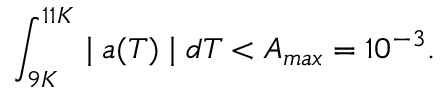
\int _ { 9 K } ^ { 1 1 K } \mid a ( T ) \mid d T < A _ { m a x } = 1 0 ^ { - 3 } .